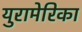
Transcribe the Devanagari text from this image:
युरामेरिका